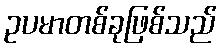
ဥပမာတစ်ခုဖြစ်သည်